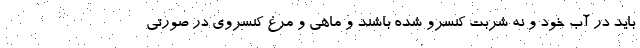
باید در آب خود و نه شربت کنسرو شده باشند و ماهی و مرغ کنسروی در صورتی